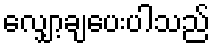
လျှော့ချပေးပါသည်